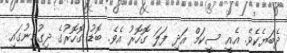
ދެބަޔެކެވެ. އެއީ ސީކަމް އަދި ފަލަ ގޮހޮރު އެވެ. ބޮޑު ގޮހޮރުގެ ދިގުމިނުގައި